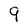
Character: 9